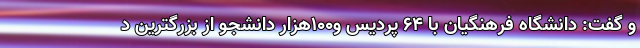
و گفت: دانشگاه فرهنگیان با ۶۴ پردیس و۱۰۰هزار دانشجو از بزرگترین د